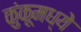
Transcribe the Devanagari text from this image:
कुंकूमध्ये